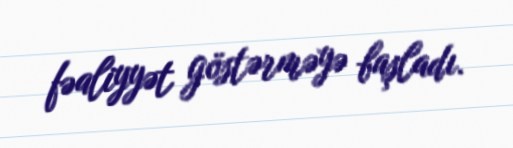
fəaliyyət göstərməyə başladı.